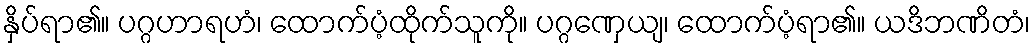
နှိပ်ရာ၏။ ပဂ္ဂဟာရဟံ၊ ထောက်ပံ့ထိုက်သူကို။ ပဂ္ဂဏှေယျ၊ ထောက်ပံ့ရာ၏။ ယဒိဘဏိတံ၊